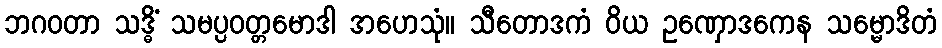
ဘဂဝတာ သဒ္ဓိံ သမပ္ပဝတ္တမောဒါ အဟေသုံ။ သီတောဒကံ ဝိယ ဥဏှောဒကေန သမ္မောဒိတံ